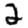
Digit: 2